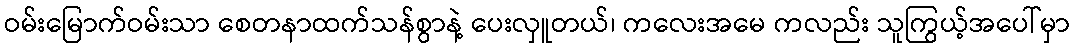
ဝမ်းမြောက်ဝမ်းသာ စေတနာထက်သန်စွာနဲ့ ပေးလှူတယ်၊ ကလေးအမေ ကလည်း သူကြွယ့်အပေါ်မှာ